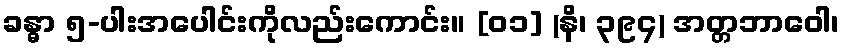
ခန္ဓာ ၅-ပါးအပေါင်းကိုလည်းကောင်း။ [၀၁] (နိ၊ ၃၉၄) အတ္တဘာဝေါ၊